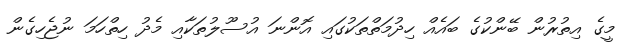
މީގެ އިތުރުން ބޭންކުގެ ބައެއް ހިދުމަތްތަކުގައި އޮންނަ އުސޫލުތަކާއި މެދު ހިތްހަމަ ނުޖެހިގެން